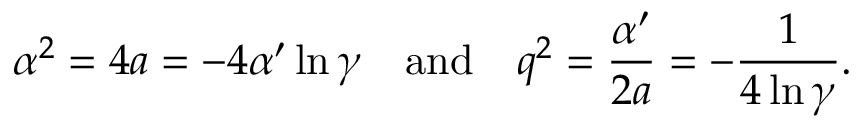
\alpha ^ { 2 } = 4 a = - 4 \alpha ^ { \prime } \ln \gamma ~ ~ ~ \mathrm { a n d } ~ ~ ~ q ^ { 2 } = \frac { \alpha ^ { \prime } } { 2 a } = - \frac { 1 } { 4 \ln \gamma } .